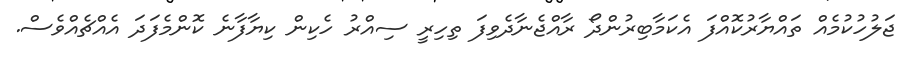
ޖަލުހުކުމެއް ތައްޔާރުކޮއްފަ އެކަމާބިރުންދޯ ރާއްޖެނާދެވިފަ ތިހިރީ ސިއްރު ހެކިން ކިޔާފާނެ ކޮންމެފަދަ އެއްޗެއްވެސް.